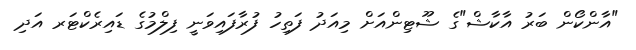
"އާންކޯން ބަރު އާކާޝް"ގެ ޝޫޓިންއަށް މިއަދު ފަތިހު ފުރާފައިވަނީ ފިލްމުގެ ޑައިރެކްޓަރ އަދި